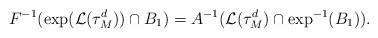
LaTeX: \begin{align*}F^{-1}(\exp ({\mathcal L}(\tau_M^d))\cap B_1)=A^{-1}({\mathcal L}(\tau_M^d)\cap \exp^{-1}(B_1)).\end{align*}